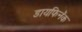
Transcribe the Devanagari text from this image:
डायफिनॅक